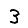
Digit: 3